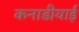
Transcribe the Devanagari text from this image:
कनाडीयाई